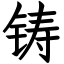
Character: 铸